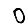
Digit: 0